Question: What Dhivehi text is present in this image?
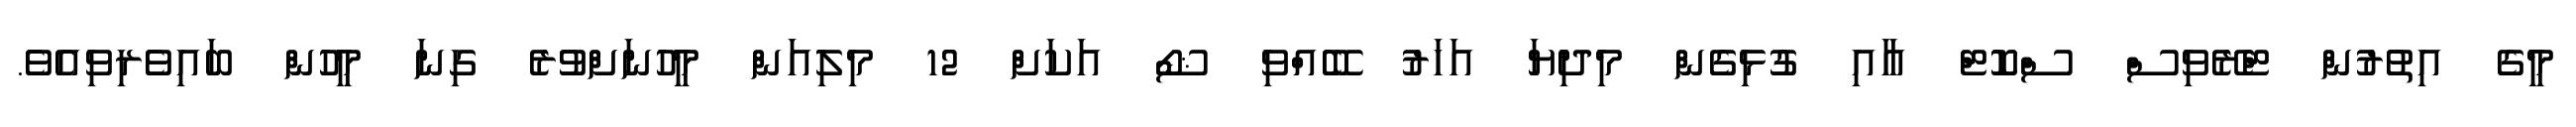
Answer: މީގެ އިތުރުން ޓްރޭވިސް ސްކޮޓް އާއި ގުޅިގެން މިދިޔަ އަހަރު ބޭއްވި ޝޯ އަކަށް 12 މިލިއަން މީހުނަށްވުރެ ގިނަ މީހުން ބައިވެރިވިއެވެ.